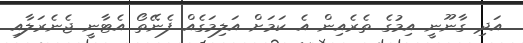
އަދި ގާނޫނީ އިމުގެ ތެރެއިން އެ ކަމަށް އަލިމަގެއް ފެނޭތޯ އެޓާނީ ޖެނެރަލާއި